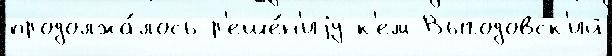
продолжа́лось р'еше́н'иjу к'ем Выгодовск'ий